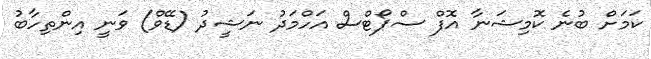
ކަމަށް ބުނެ ކޮމިޝަނާ އޮފް ސްޕޯޓްސް އަހްމަދު ނަޝީދު (ޑޭވް) ވަނީ އިންތިހާބު